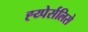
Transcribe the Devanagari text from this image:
ह्य्पेर्सलिसे